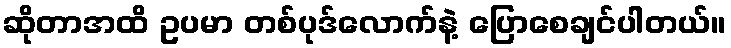
ဆိုတာအထိ ဥပမာ တစ်ပုဒ်လောက်နဲ့ ပြောစေချင်ပါတယ်။